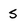
Character: S